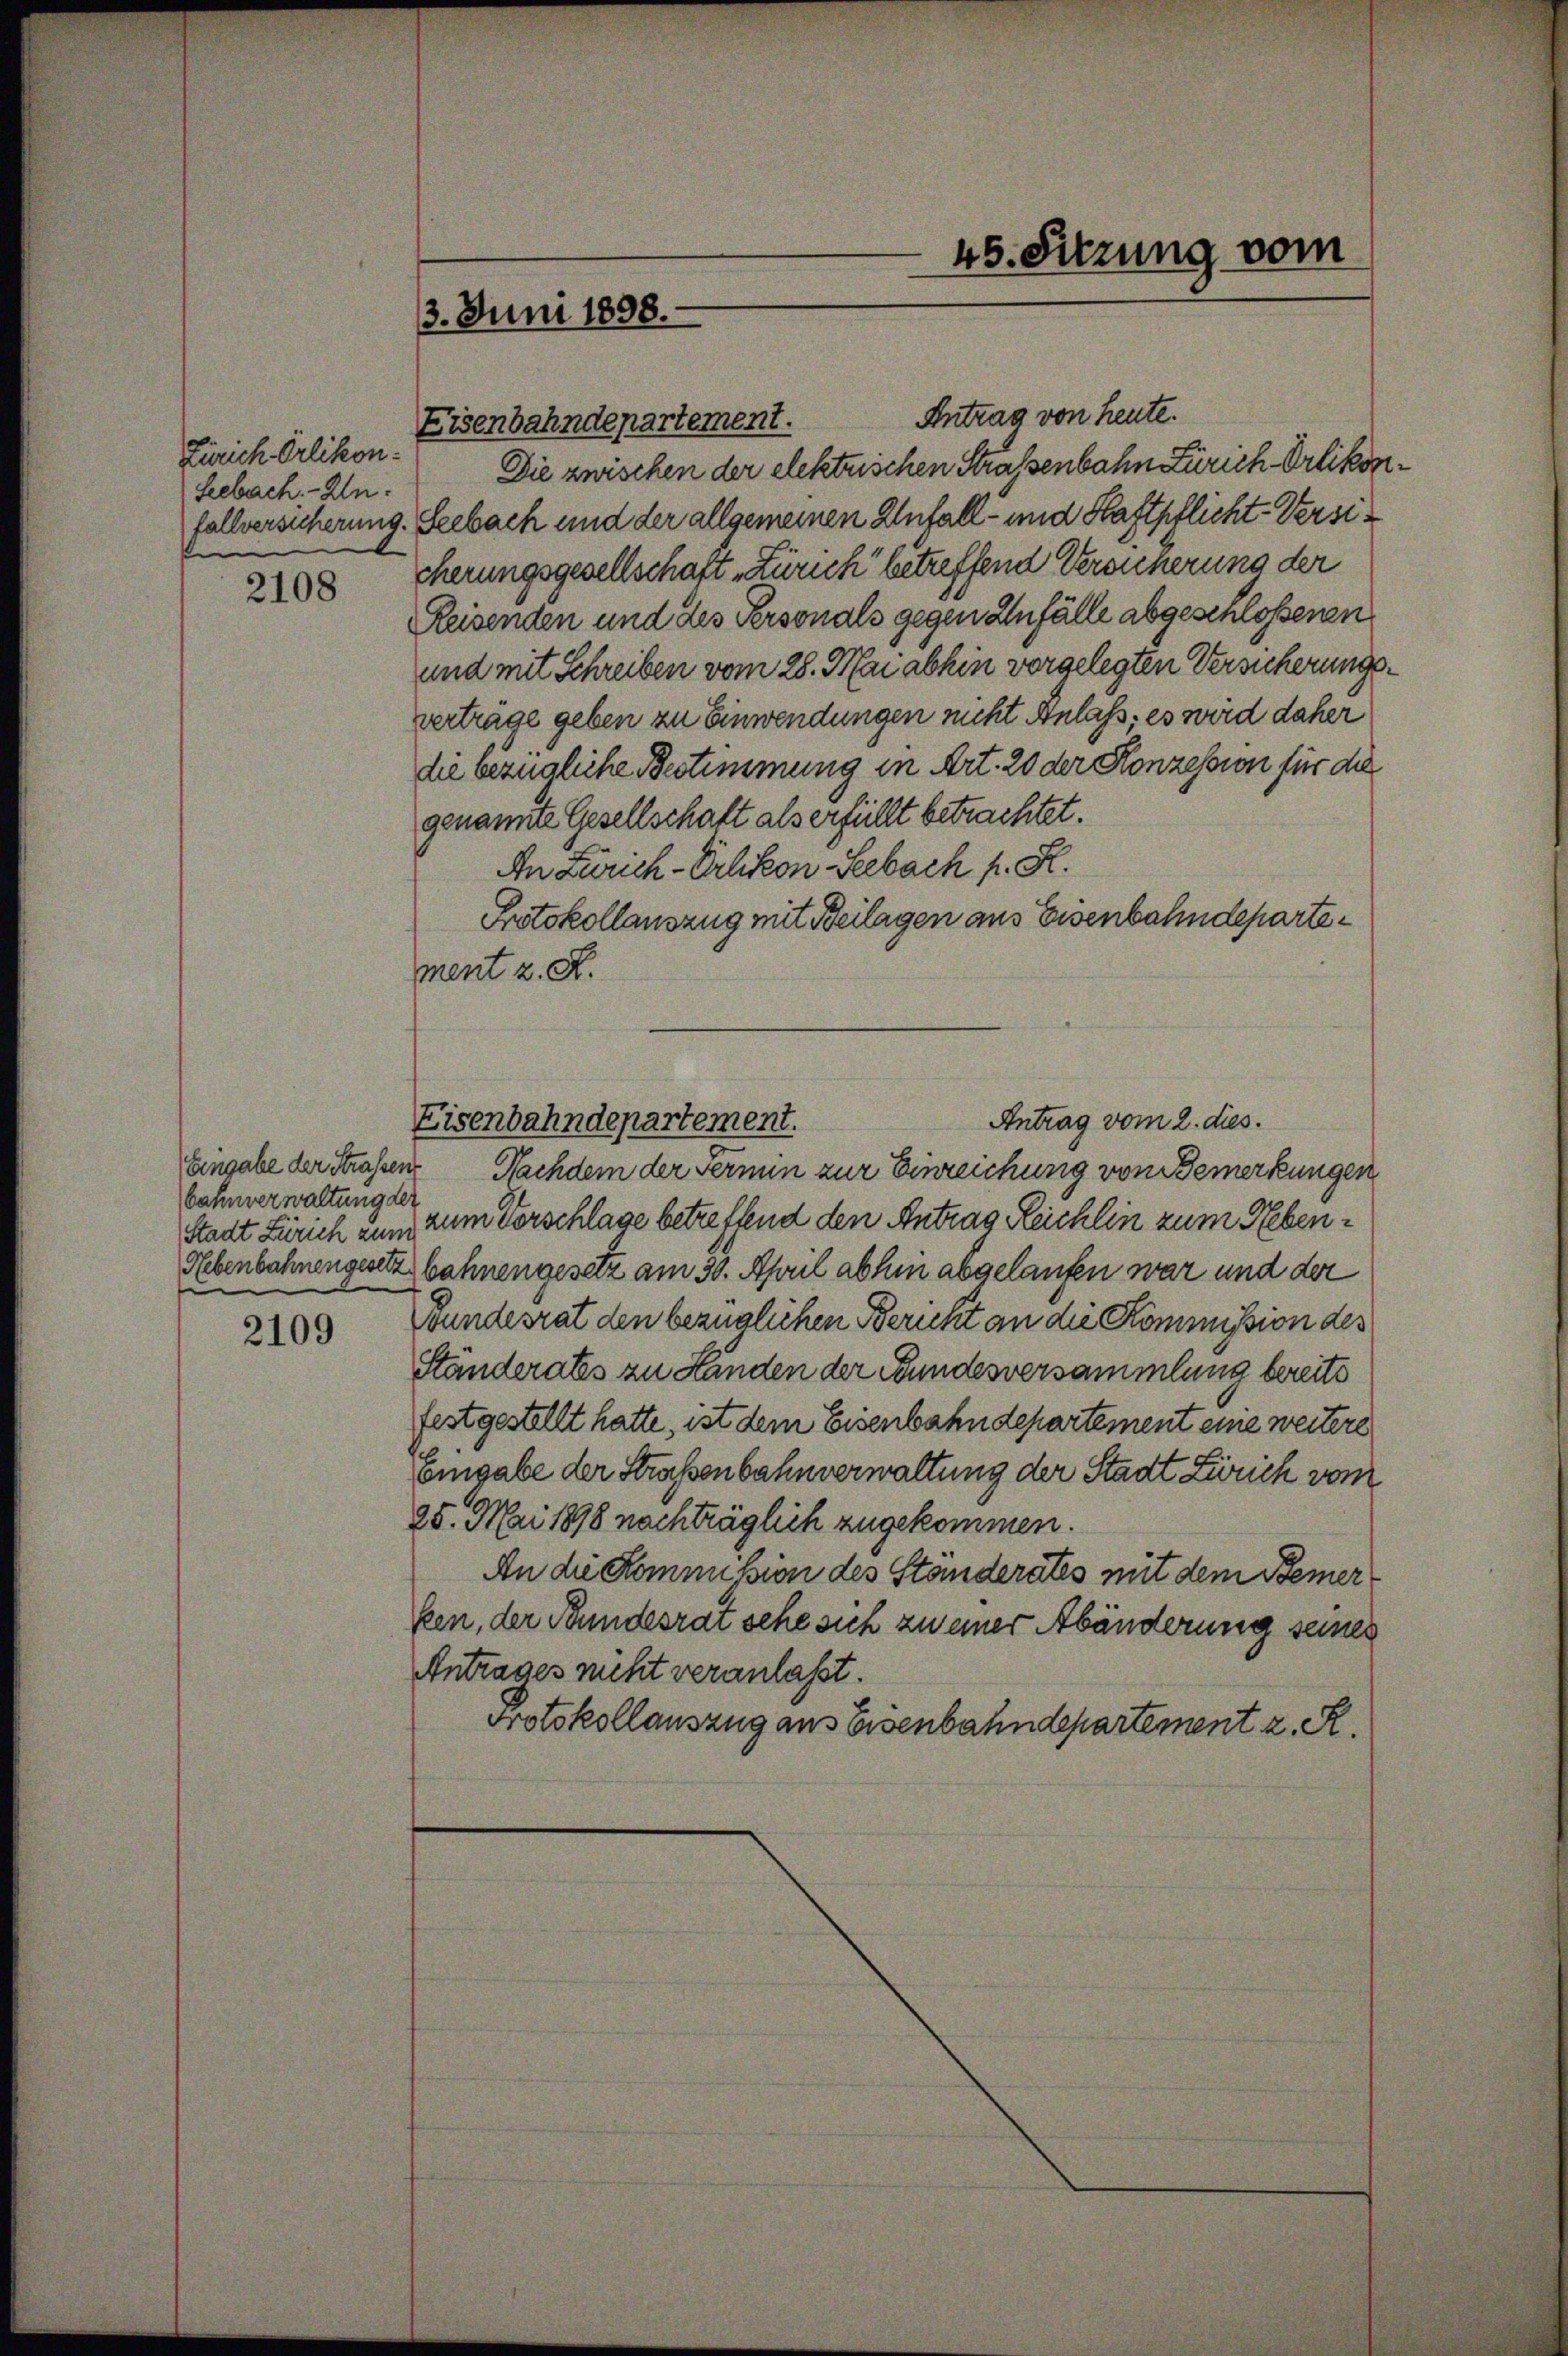
Zürich Erlikon.
Seebach. - Anf

2108

bahnverwaltung der

2109

45. Sitzung vom
3. Juni 1898.

Antrag von heute.
Eisenbahndepartement.
Die zwischen der elektrischen Strassenbahn Zürich-Orlikonfallversicherung. Seebach und der allgemeinen Anfall - und Haftpflicht-Versicherungsgesellschaft „Zürich betreffend Versucherung der
Reisenden und des Personals gegen Anfälle abgeschlossenen
und mit Schreiben vom 28. Mai abhin vorgelegten Versicherungsverträge geben zu Einwendungen nicht Anlass, es wird daher
die bezügliche Bestimmung in Art. 20 der Konzession für die
genannte Gesellschaft als erfüllt betrachtet.
An Zürich-Erlikon-Seebach P. R.
Protokollauszug mit Beilagen aus Eisenbahndepartement z. R.
Antrag vom 2. dies.
Eingabe der Straßen Nachdem der Fermin zur Einreichung von Bemerkungen
Stadt Zürich zum zum Vorschlage betreffend den Antrag Reichlin zum Neben¬
Rebenbahnengesetz bahnengesetz am 30. April abhin abgelaufen war und der
Gundesrat den bezüglichen Bericht an die Kommission des
Ständerates zu Handen der Bundesversammlung bereits
festgestellt hatte, ist dem Eisenbahndepartement eine weitere
Eingabe der Straßenbahnverwaltung der Stadt Zürich vom
25. Mai 1898 nachträglich zugekommen.
An die Kommission des Ständerates mit dem Bemerken, der Bundesrat sehe sich zu einer Abänderung seines
Antrages nicht veranlasst.
Protokollauszug aus Eisenbahndepartement z. R.

Eisenbahndepartement.